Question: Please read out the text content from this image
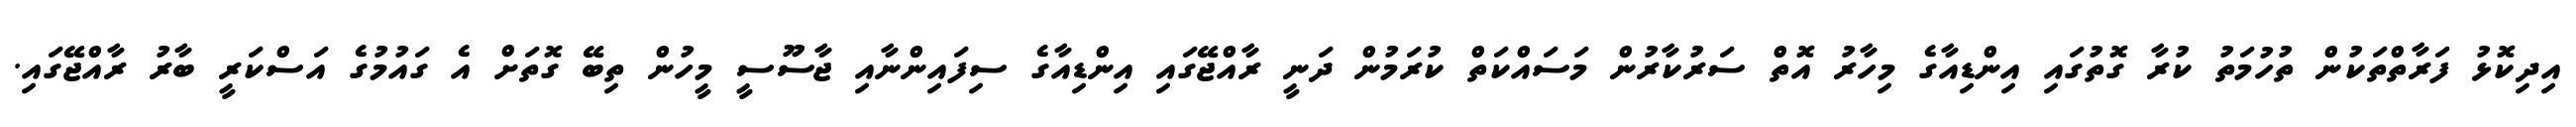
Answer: އިދިކޮޅު ފަރާތްތަކުން ތުހުމަތު ކުރާ ގޮތުގައި އިންޑިއާގެ މިހާރު އޮތް ސަރުކާރުން މަސައްކަތް ކުރަމުން ދަނީ ރާއްޖޭގައި އިންޑިއާގެ ސިފައިންނާއި ޖާސޫސީ މީހުން ތިބޭ ގޮތަށް އެ ގައުމުގެ އަސްކަރީ ބާރު ރާއްޖޭގައި.